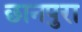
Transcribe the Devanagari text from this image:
छानपुरा